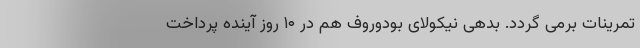
تمرینات برمی گردد. بدهی نیکولای بودوروف هم در ۱۰ روز آینده پرداخت